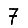
Digit: 7